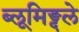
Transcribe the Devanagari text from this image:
ब्लूमिङ्दले